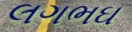
લગભઘ